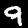
Digit: 9